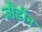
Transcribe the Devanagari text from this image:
जौर्डीन